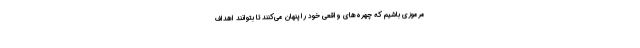
مرموزی باشیم که چهره‌های واقعی خود را پنهان می‌کنند تا بتوانند اهداف